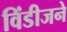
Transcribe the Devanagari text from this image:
विंडीजने